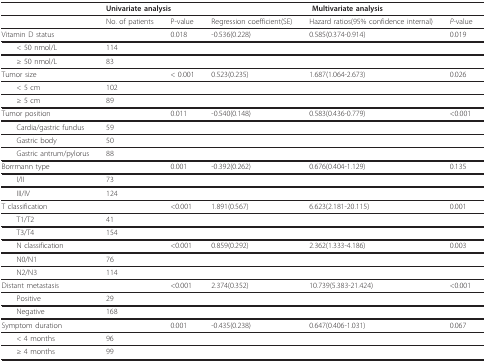
<table><thead><tr><td></td><td colspan="2"><b>Univariate analysis</b></td><td colspan="3"><b>Multivariate analysis</b></td></tr></thead><tbody><tr><td></td><td>No. of patients</td><td>P-value</td><td>Regression coefficient(SE)</td><td>Hazard ratios(95% confidence internal)</td><td><i>P</i>-value</td></tr><tr><td>Vitamin D status</td><td></td><td>0.018</td><td>-0.536(0.228)</td><td>0.585(0.374-0.914)</td><td>0.019</td></tr><tr><td> &lt; 50 nmol/L</td><td>114</td><td></td><td></td><td></td><td></td></tr><tr><td> ≥ 50 nmol/L</td><td>83</td><td></td><td></td><td></td><td></td></tr><tr><td>Tumor size</td><td></td><td>&lt; 0.001</td><td>0.523(0.235)</td><td>1.687(1.064-2.673)</td><td>0.026</td></tr><tr><td> &lt; 5 cm</td><td>102</td><td></td><td></td><td></td><td></td></tr><tr><td> ≥ 5 cm</td><td>89</td><td></td><td></td><td></td><td></td></tr><tr><td>Tumor position</td><td></td><td>0.011</td><td>-0.540(0.148)</td><td>0.583(0.436-0.779)</td><td>&lt;0.001</td></tr><tr><td> Cardia/gastric fundus</td><td>59</td><td></td><td></td><td></td><td></td></tr><tr><td> Gastric body</td><td>50</td><td></td><td></td><td></td><td></td></tr><tr><td> Gastric antrum/pylorus</td><td>88</td><td></td><td></td><td></td><td></td></tr><tr><td>Borrmann type</td><td></td><td>0.001</td><td>-0.392(0.262)</td><td>0.676(0.404-1.129)</td><td>0.135</td></tr><tr><td> I/II</td><td>73</td><td></td><td></td><td></td><td></td></tr><tr><td> III/IV</td><td>124</td><td></td><td></td><td></td><td></td></tr><tr><td>T classification</td><td></td><td>&lt;0.001</td><td>1.891(0.567)</td><td>6.623(2.181-20.115)</td><td>0.001</td></tr><tr><td> T1/T2</td><td>41</td><td></td><td></td><td></td><td></td></tr><tr><td> T3/T4</td><td>154</td><td></td><td></td><td></td><td></td></tr><tr><td> N classification</td><td></td><td>&lt;0.001</td><td>0.859(0.292)</td><td>2.362(1.333-4.186)</td><td>0.003</td></tr><tr><td> N0/N1</td><td>76</td><td></td><td></td><td></td><td></td></tr><tr><td> N2/N3</td><td>114</td><td></td><td></td><td></td><td></td></tr><tr><td>Distant metastasis</td><td></td><td>&lt;0.001</td><td>2.374(0.352)</td><td>10.739(5.383-21.424)</td><td>&lt;0.001</td></tr><tr><td> Positive</td><td>29</td><td></td><td></td><td></td><td></td></tr><tr><td> Negative</td><td>168</td><td></td><td></td><td></td><td></td></tr><tr><td>Symptom duration</td><td></td><td>0.001</td><td>-0.435(0.238)</td><td>0.647(0.406-1.031)</td><td>0.067</td></tr><tr><td> &lt; 4 months</td><td>96</td><td></td><td></td><td></td><td></td></tr><tr><td> ≥ 4 months</td><td>99</td><td></td><td></td><td></td><td></td></tr></tbody></table>